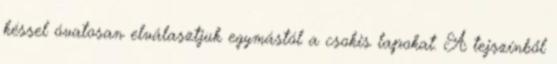
késsel óvatosan elválasztjuk egymástól a csokis lapokat. A tejszínből